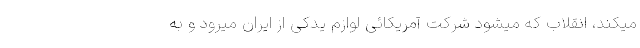
میکند، انقلاب که میشود شرکت آمریکائی لوازم یدکی از ایران میرود و به